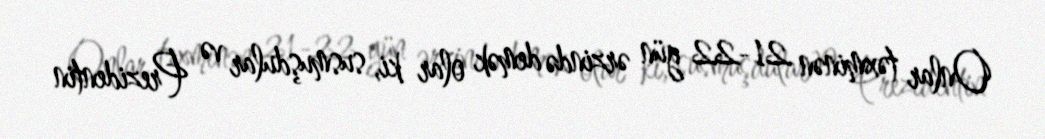
Onlar təxminən 21-22 gün ərzində demək olar ki, susmuşdular və Prezidentin